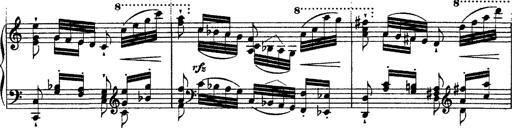
Title: Ã‰tudes d'exÃ©cution transcendante d'aprÃ¨s Paganini
Composer: Franz Liszt